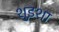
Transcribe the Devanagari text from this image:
शुइशा